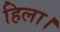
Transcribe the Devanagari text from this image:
हिला।